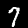
Digit: 7